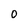
Character: O